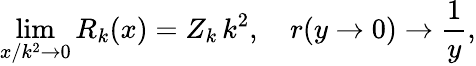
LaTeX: \operatorname*{lim}_{x/k^{2}\to 0}R_{k}(x)=Z_{k}\, k^{2},\quad r(y\to 0)\to\frac{1}{y},